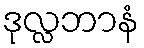
ဒုလ္လဘာနံ